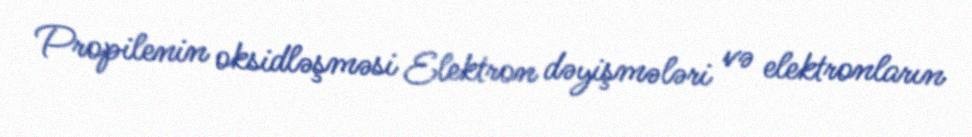
Propilenin oksidləşməsi Elektron dəyişmələri və elektronların